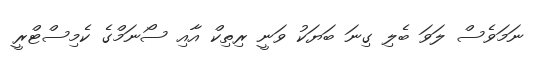
ނަމަވެސް ލަވަ ބެލި ގިނަ ބަޔަކު ވަނީ ރިތިކް އާއި ސޯނަމްގެ ކެމިސްޓްރީ